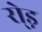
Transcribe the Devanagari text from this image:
रो्ड़